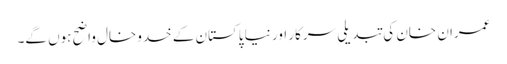
عمران خان کی تبدیلی سرکار اور نیا پاکستان کے خدوخال واضح ہوں گے۔